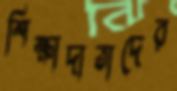
শিক্ষাদাতাদের